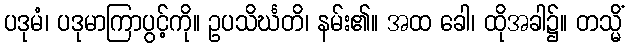
ပဒုမံ၊ ပဒုမာကြာပွင့်ကို။ ဥပသိင်္ဃတိ၊ နမ်း၏။ အထ ခေါ၊ ထိုအခါ၌။ တသ္မိံ